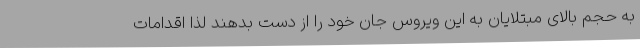
به حجم بالای مبتلایان به این ویروس جان خود را از دست بدهند لذا اقدامات